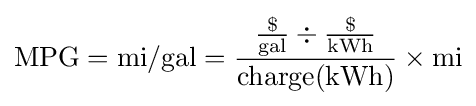
{\text{MPG}}={\text{mi}}/{\text{gal}}={{\$ \over {\text{gal}}}\div {\$ \over {\text{kWh}}} \over {\text{charge(kWh)}}}\times {\text{mi}}